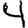
Digit: 4